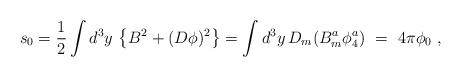
LaTeX: \begin{align*}s_0 = \frac{1}{2}\int d^3y\,\left\{ B^2 +(D\phi)^2 \right\}= \int d^3y\,D_m (B_m^a \phi^a_4)\ =\ 4\pi \phi_0\ ,\end{align*}